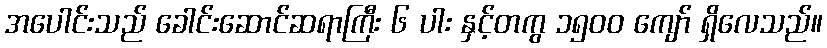
အပေါင်းသည် ခေါင်းဆောင်ဆရာကြီး ၆ ပါး နှင့်တကွ ၁၅၀၀ ကျော် ရှိလေသည်။